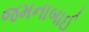
જમનાબાઈ